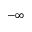
- \infty